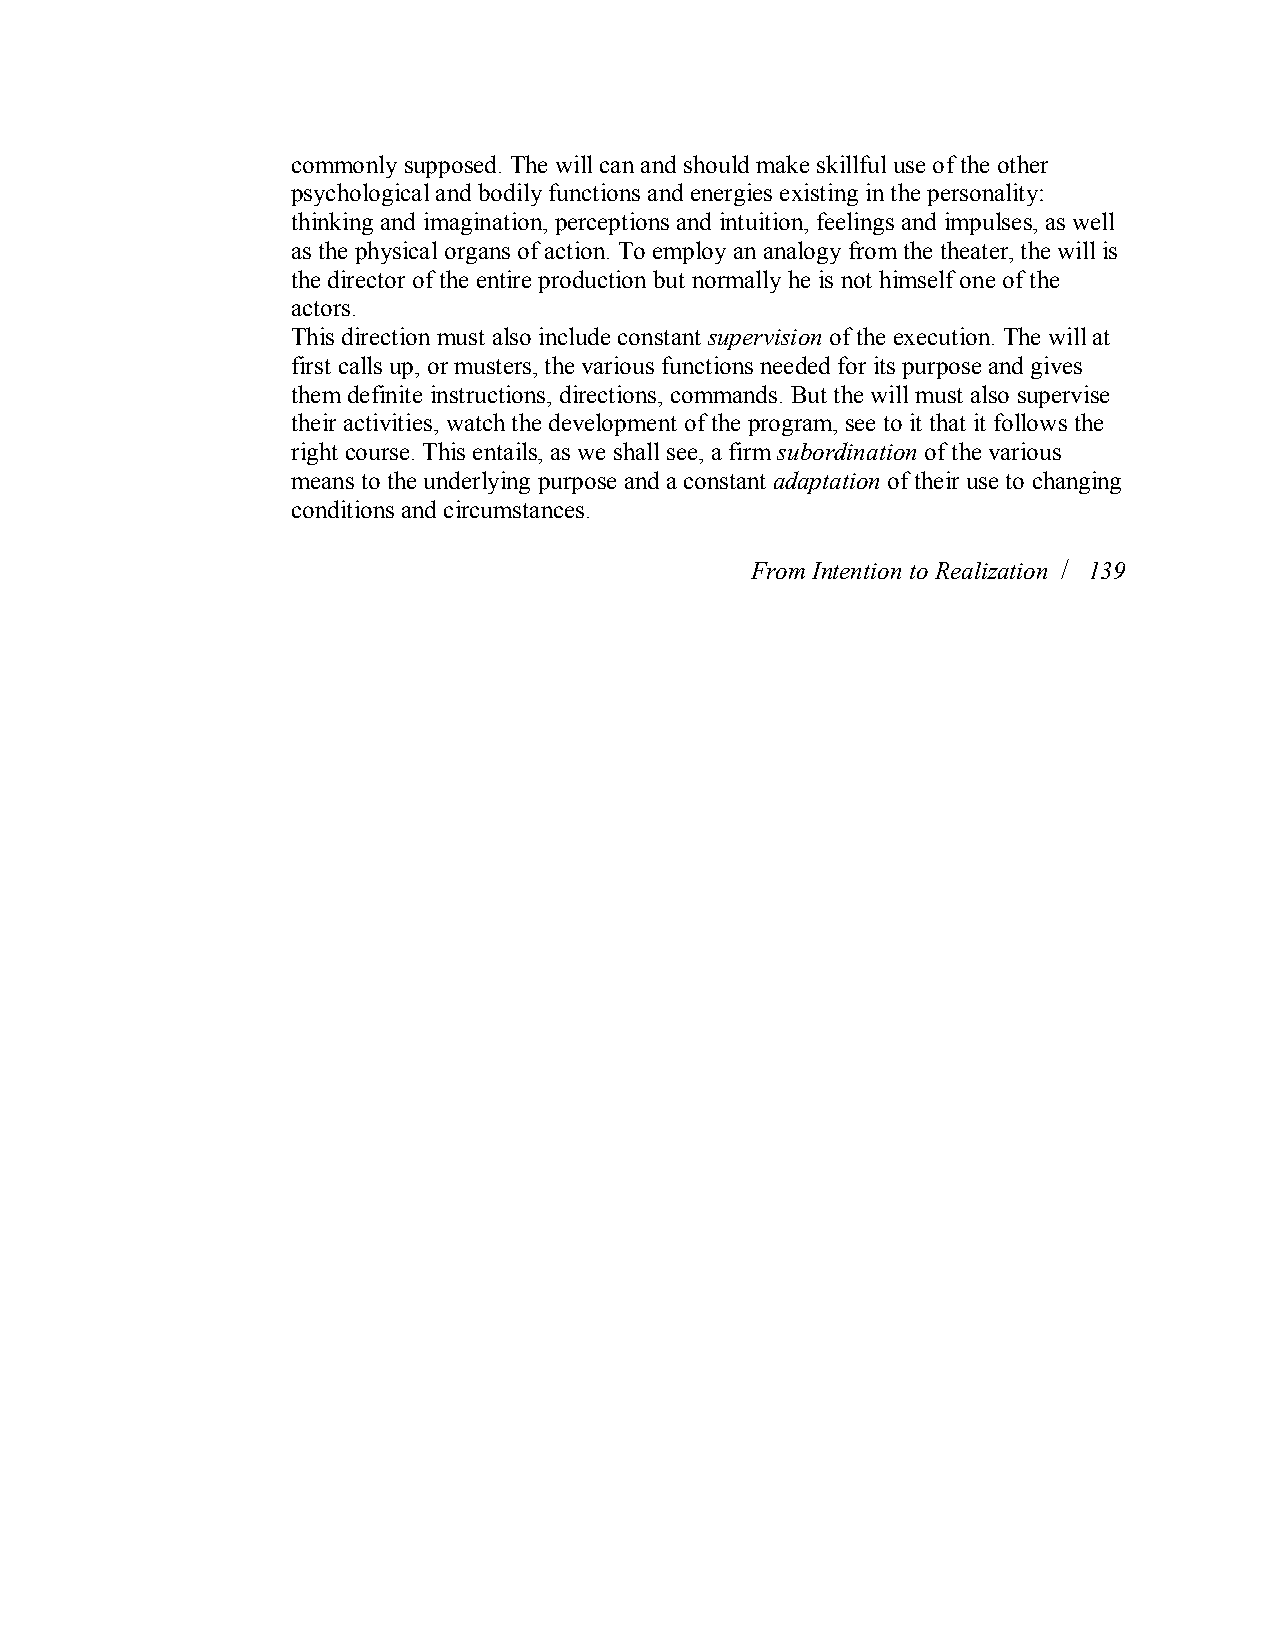
commonly supposed. The will can and should make skillful use of the other
 psychological and bodily functions and energies existing in the personality:
 thinking and imagination, perceptions and intuition, feelings and impulses, as well
 as the physical organs of action. To employ an analogy from the theater, the will is
 the director of the entire production but normally he is not himself one of the
 actors.
 This direction must also include constant supervisionof the execution. The will at
 first calls up, or musters, the various functions needed for its purpose and gives
 them definite instructions, directions, commands. But the will must also supervise
 their activities, watch the development of the program, see to it that it follows the
 right course. This entails, as we shall see, a firmsubordination of the various
 means to the underlying purpose and a constant adaptationof their use to changing
 conditions and circumstances.
 From Intention to Realization / 139